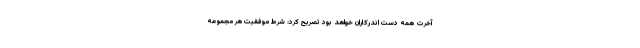
آخرت همه دست اندرکاران خواهد بود تصریح کرد: شرط موفقیت هر مجموعه